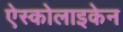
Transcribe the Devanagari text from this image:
ऐस्कोलाइकेन